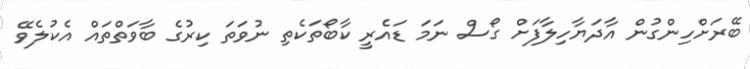
ބޭރަށްހިންގުން އާދަޔާހިލާފަށް ގޯސް ނަމަ ޑައެރީ ކާބޯތަކެތި ނުވަތަ ކިރުގެ ބާވަތްތައް އެކުލެވޭ